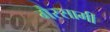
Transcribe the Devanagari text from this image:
गैरसामी